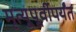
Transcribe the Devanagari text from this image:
मृत्यूपूर्वीपर्यंत